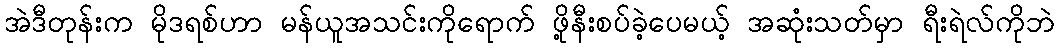
အဲဒီတုန်းက မိုဒရစ်ဟာ မန်ယူအသင်းကိုရောက် ဖို့နီးစပ်ခဲ့ပေမယ့် အဆုံးသတ်မှာ ရီးရဲလ်ကိုဘဲ